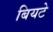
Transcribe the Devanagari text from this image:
बियटे